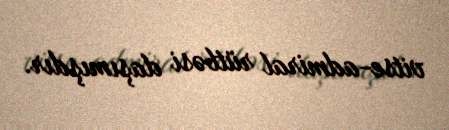
vitse-admiral rütbəsi daşımışdır.